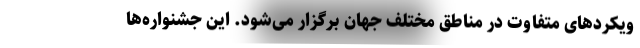
ویکردهای متفاوت در مناطق مختلف جهان برگزار می‌شود. این جشنواره‌ها